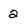
Character: 2